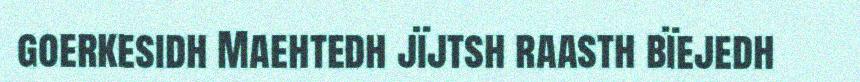
goerkesidh Maehtedh jïjtsh raasth bïejedh